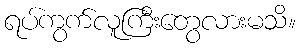
ရပ်ကွက်လူကြီးတွေလားမသိ။